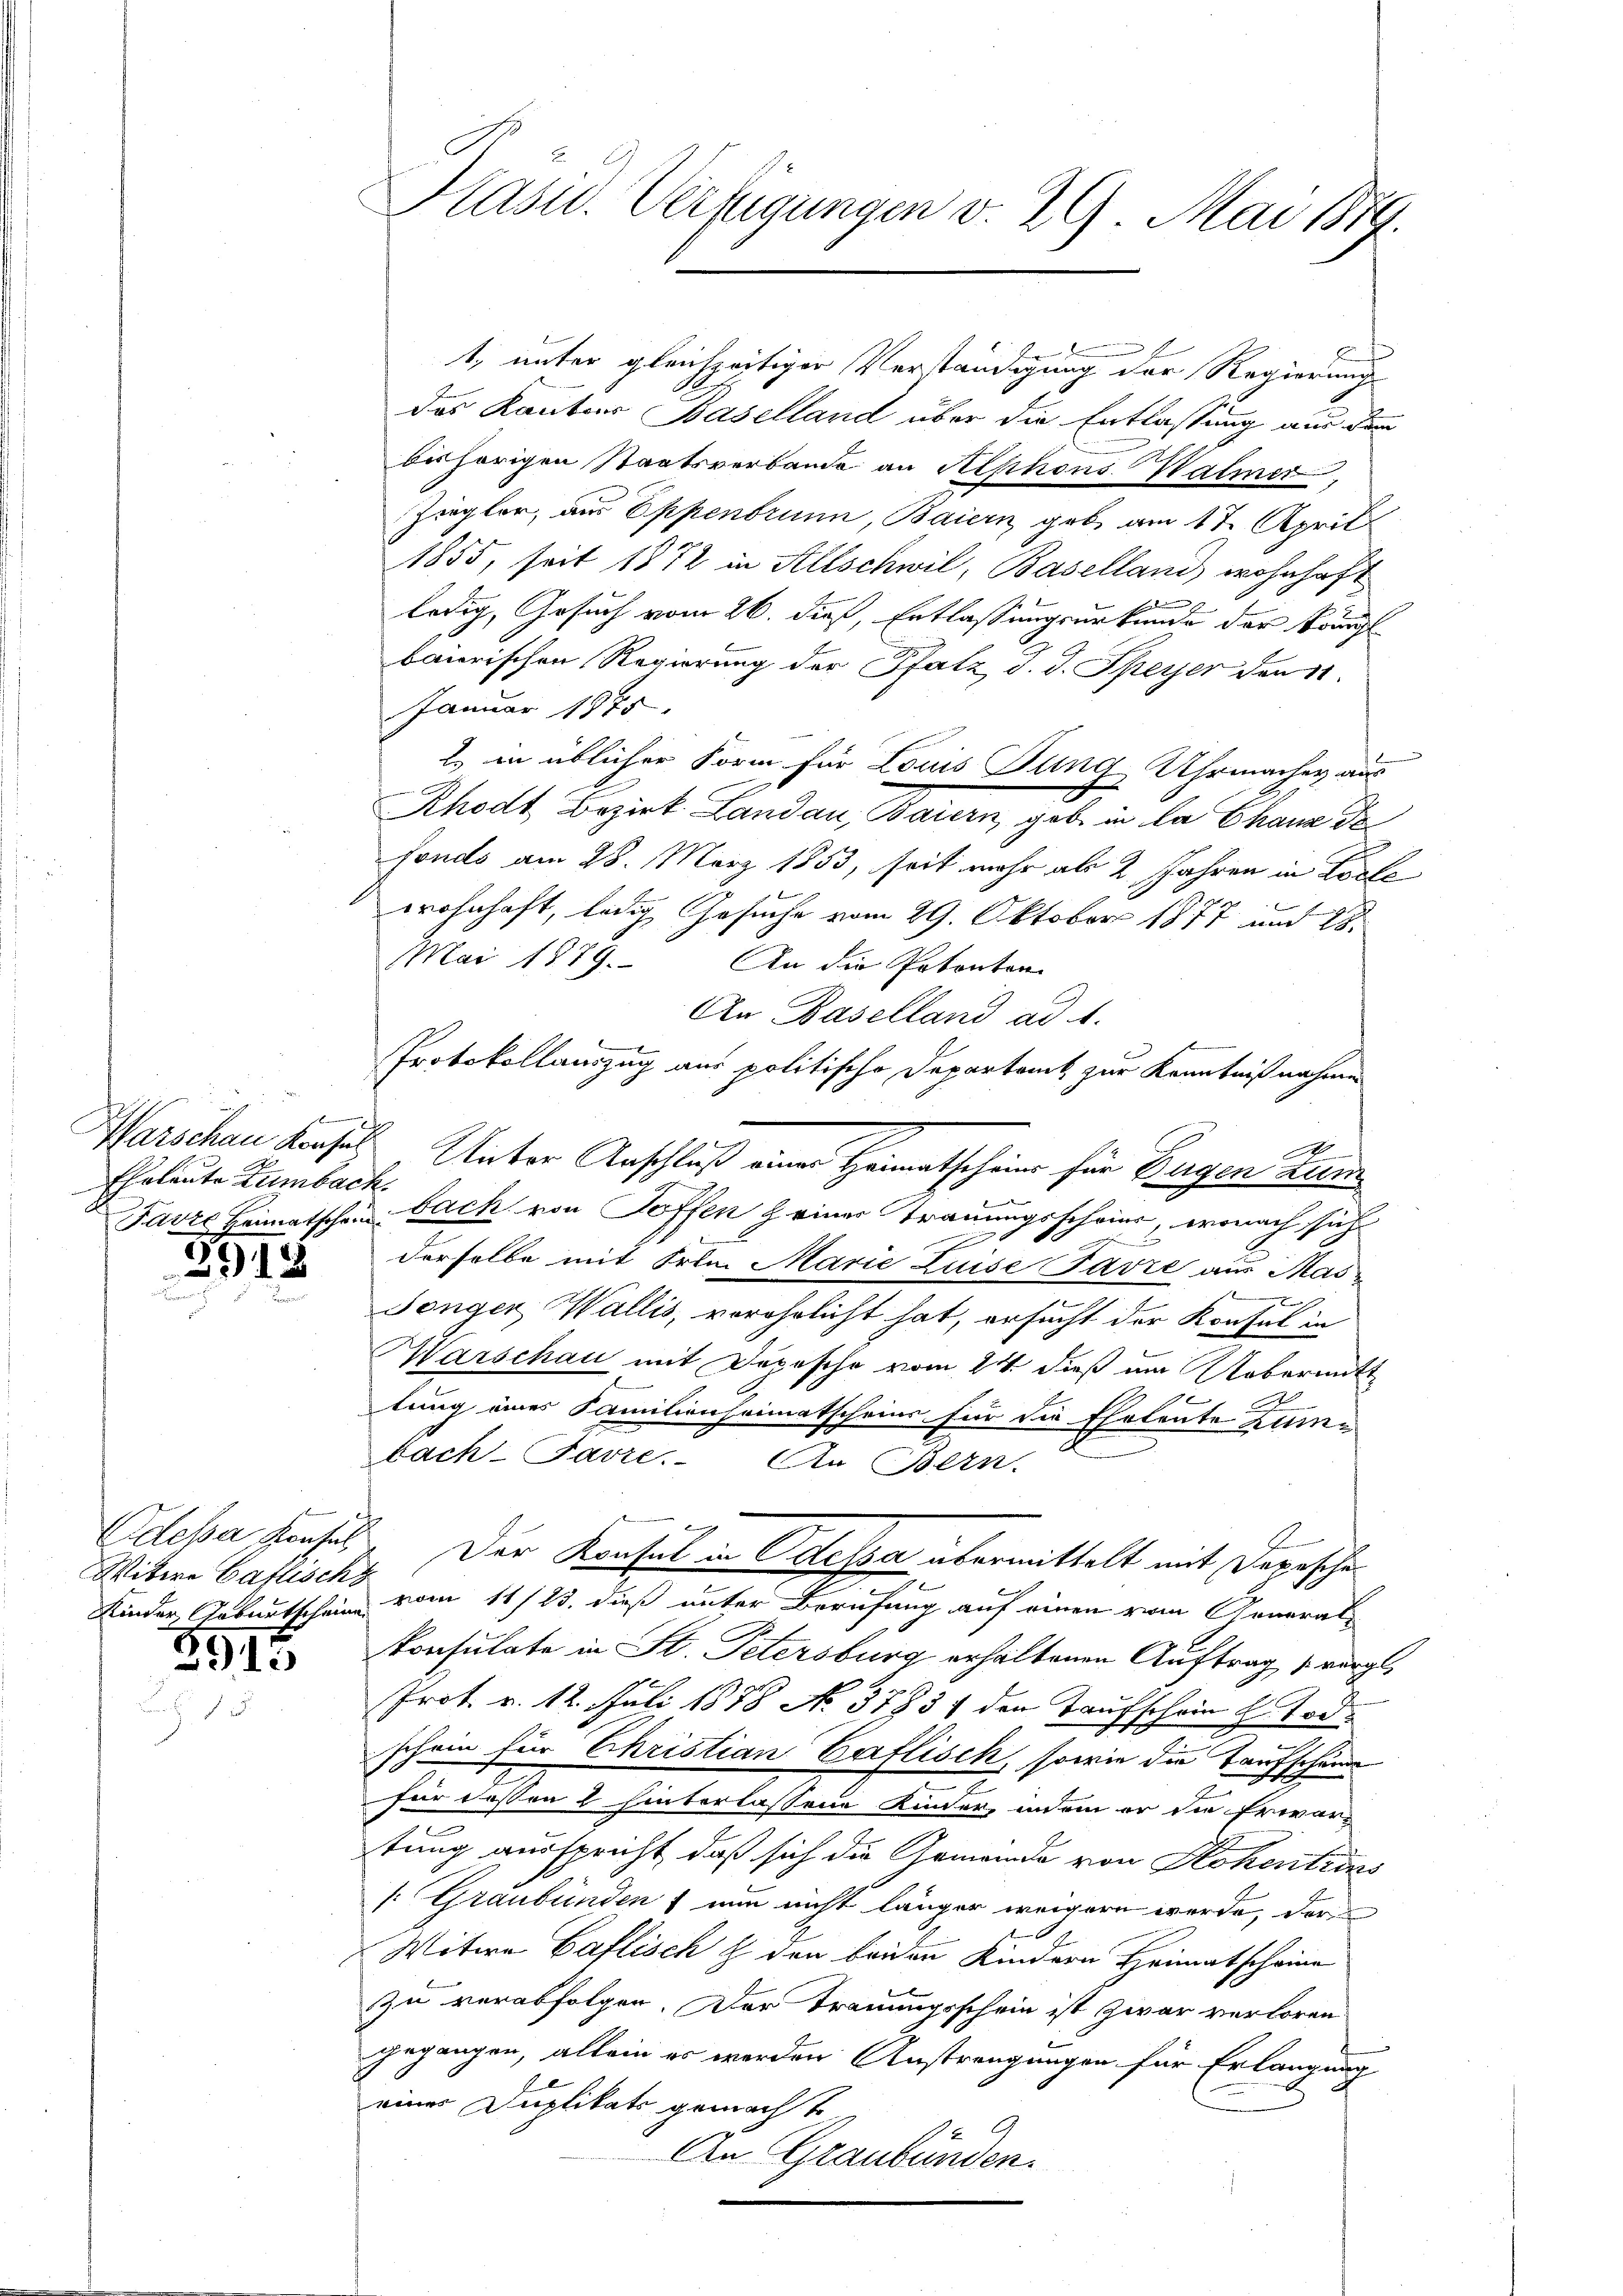
Eheleute Zumbach.

3918
2

Witwe Caflisch

3915

t, unter gleichzeitiger Verständigung der Regierungs
das Kantons Baselland über die Entlassung aus dem
beshörigen Staatsverbande an Alphons Halmer,
Zugler, aus Eppenbrunn, Baiern, geb. am 17. April
1855, seit 1872 in Allschwil, Baselland, wohnhaft
ledig, Gesuch vom 26. dieß, Entlassungsurkunde der Brüngl
baierischen Regierung der Pfatz d. d. Speyer den 11
Januar 1945.
2) in üblicher Form für Louis Jung, Uhrmacher aus
Rhodt Bezirk Landau, Baiern, gabe in la Chaus de
fonds am 28. März 1853, seit mehr als 2 Jahren in Losle
N 17
wohnhaft, ledig Gesuche vom 29. Oktober 1871 und 28.
Mai 1879. An die Petenton
An Baselland ad 1.
Protokollauszug aus politische Departamt zur Kenntnißnahme
A
Warschen Konsul Unter Anschluß einer Heimatschein für Eugen zum
Farze Heimatschen Gack von Toffen & einer Trauungsschrier, wonach sich
derselbe mit Frin. Marie Luise Favre aus Masg
Tonger Wallis, vorehelicht hat, ersucht der Konsul in
Marschau mit Depesche vom 24. dieß um Uebermitt
tung eines Familienheimatscheine für die Eheleute Zumbach-Favre. An Bern.
2
Odepa Konses. Der Konsul in Odessa übermittelt mit Depeschen
Kinder Taburtschein vom 11/23. dieß unter Berufung auf einen vom Generalkonsulate in St. Petersburg erhaltenen Auftrag würgt,
n
Prot. v. 12. Juli 1888 No. 37931 der Taufschein h. Tod.
schein für Christian Caflisch, sowie die Taufschein
für dassen 2 hinterlassene Kinder, indem er die Erwartung ausspricht, daß sich die Gemeinde von Hohentiens
1. Graubünden nun nicht länger weigern werde, der
2
Witwe Caflisch  den beiden Kindern Heimatscheine
zu verabfolgen. Der Trauungsschein ist zwar verloren
gegangen, allein es werden Anstrengungen für Erlangung
d
eines Duplikats gemacht
E
An Graubünden.

Kasid. Verfügungen v. 29. Mai 1879.